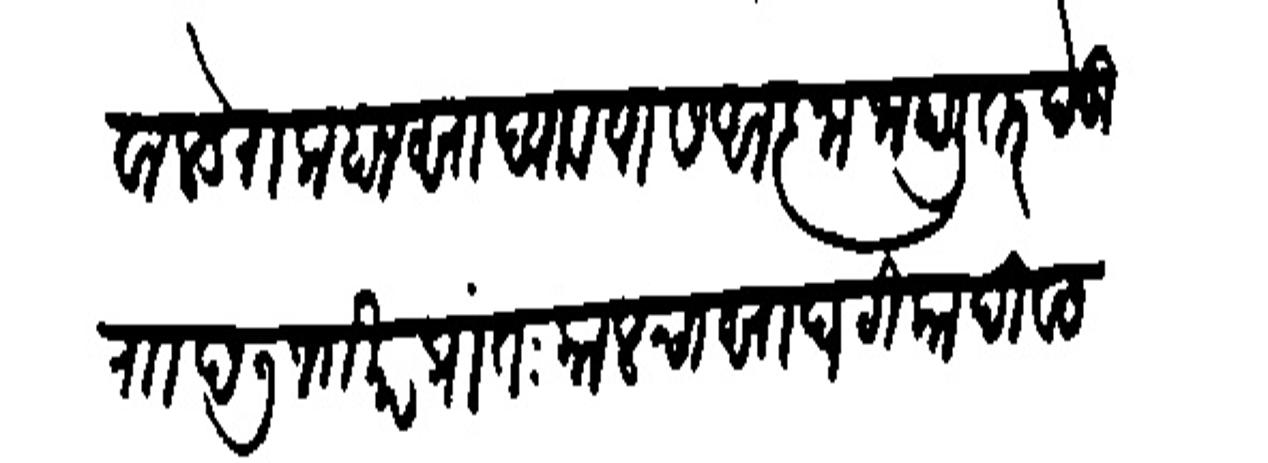
Transliteration (Devanagari): कोतवाल डेरा लाहानसा घ्यावयास आजा जाहाली तर देऊ राा छ ७ जाखर प्रांतःकालचा सा घटिका दिवस